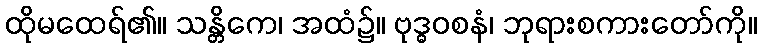
ထိုမထေရ်၏။ သန္တိကေ၊ အထံ၌။ ဗုဒ္ဓဝစနံ၊ ဘုရားစကားတော်ကို။